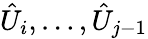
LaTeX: \hat{U}_{i},\dotsc,\hat{U}_{j-1}